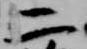
二